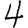
Digit: 4